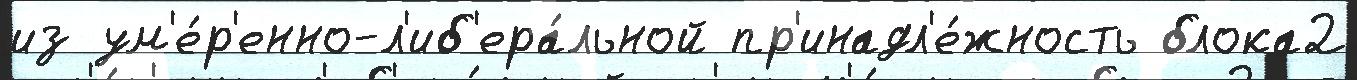
из ум'е́р'енно-л'иб'ера́льной пр'инадл'е́жность блока2